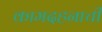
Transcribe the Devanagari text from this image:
कामदहनाची